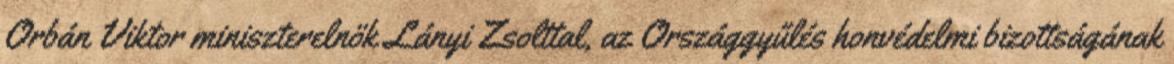
Orbán Viktor miniszterelnök Lányi Zsolttal, az Országgyűlés honvédelmi bizottságának